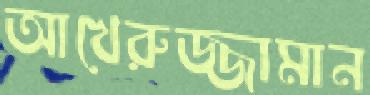
আখেরুজ্জামান